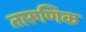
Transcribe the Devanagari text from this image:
तारूणिक